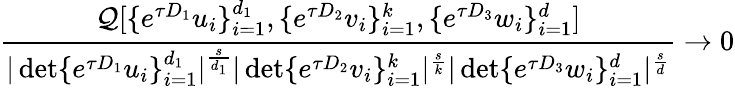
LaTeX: \frac{\mathcal{Q}[\{ e^{\tau D_{1}}u_{i}\} _{i=1}^{d_{1}},\{ e^{\tau D_{2}}v_{i}\} _{i=1}^{k},\{ e^{\tau D_{3}}w_{i}\} _{i=1}^{d}]}{|\operatorname*{det}\{ e^{\tau D_{1}}u_{i}\} _{i=1}^{d_{1}}|^{\frac{s}{d_{1}}}|\operatorname*{det}\{ e^{\tau D_{2}}v_{i}\} _{i=1}^{k}|^{\frac{s}{k}}|\operatorname*{det}\{ e^{\tau D_{3}}w_{i}\} _{i=1}^{d}|^{\frac{s}{d}}}\rightarrow 0